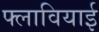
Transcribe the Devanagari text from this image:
फ्लावियाई